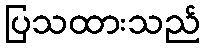
ပြသထားသည်